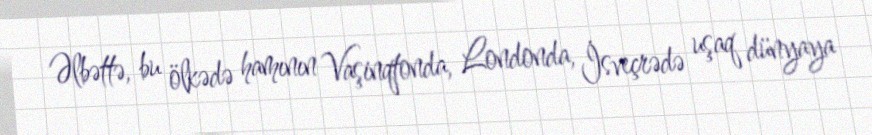
Əlbəttə, bu ölkədə hamının Vaşinqtonda, Londonda, İsveçrədə uşaq dünyaya